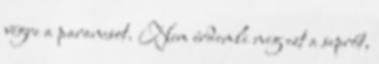
végre a parancsot. Nem érdemli meg ezt a seprőt,